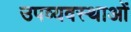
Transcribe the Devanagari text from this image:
उपव्यवस्थाओं